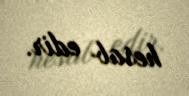
hesab edir.